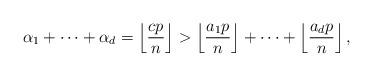
LaTeX: \begin{align*}\alpha_1 + \cdots + \alpha_d = \left \lfloor \frac{cp}{n} \right\rfloor >\left\lfloor \frac{a_1p}{n} \right\rfloor + \cdots + \left \lfloor \frac{a_dp}{n} \right\rfloor, \end{align*}